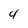
Character: 4